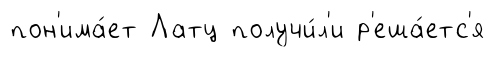
пон'има́ет Латц получи́л'и р'еша́етс'я